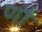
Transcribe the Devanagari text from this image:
णौं